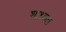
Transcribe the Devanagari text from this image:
शाश्र्वत